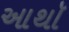
આથૉ